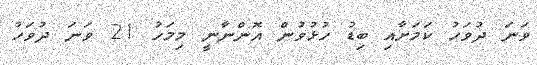
ވަނަ ދުވަހު ކަމަށާއި ބިޑު ހުޅުވުން އޮންނާނީ މިމަހު 21 ވަނަ ދުވަހު